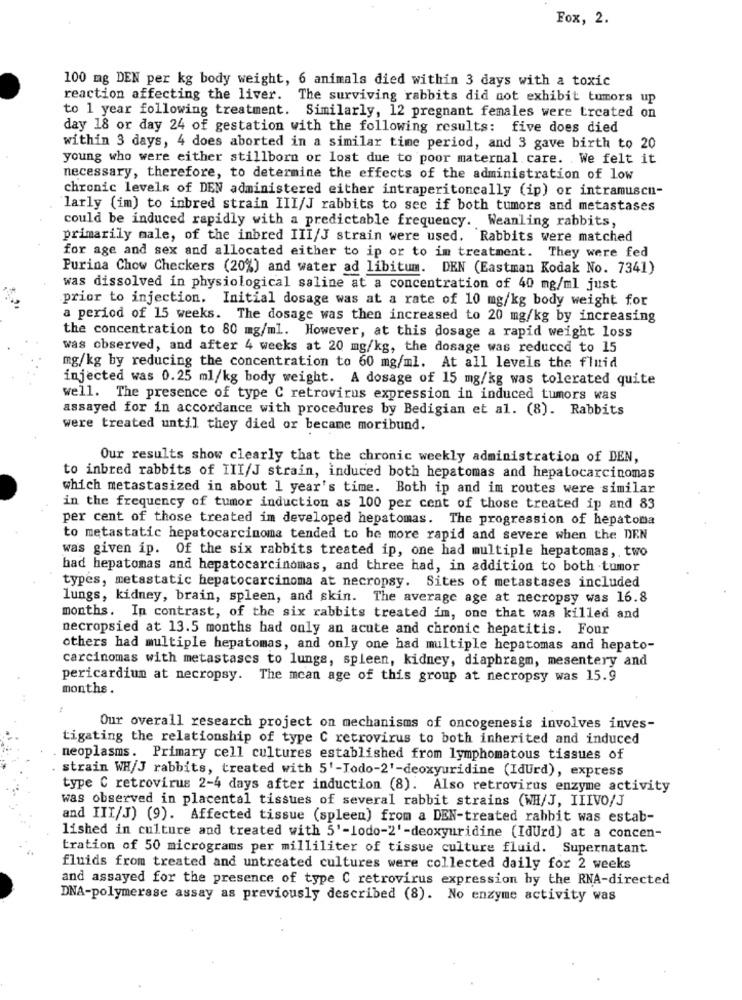
Fox, 2.
100 mg DEN per kg body weight, 6 animals died within 3 days with a toxic
reaction affecting the liver. The surviving rabbits did not exhibit tumors up
to 1 year following treatment. Similarly, 12 pregnant females were treated on
day 18 or day 24 of gestation with the following results: five does died
within 3 days, 4 does aborted in a similar time period, and 3 gave birth to 20
young who were either stillborn or lost due to poor maternal care. We felt it
necessary, therefore, to determine the effects of the administration of low
chronic levels of DEN administered either intraperitoneally (ip) or intramuscu-
larly (im) to inbred strain III/J rabbits to see if both tumors and metastases
could be induced rapidly with a predictable frequency. Weanling rabbits,
primarily male, of the inbred III/J strain were used. Rabbits were matched
for age and sex and allocated either to ip or to im treatment. They were fed
Purina Chow Checkers (20%) and water ad libitum. DEN (Eastman Kodak No. 7341)
was dissolved in physiological saline at a concentration of 40 mg/ml just
prior to injection. Initial dosage was at a rate of 10 mg/kg body weight for
a period of 15 weeks. The dosage was then increased to 20 mg/kg by increasing
the concentration to 80 mg/ml. However, at this dosage a rapid weight loss
was observed, and after 4 weeks at 20 mg/kg, the dosage was reduced to 15
mg/kg by reducing the concentration to 60 mg/ml. At all levels the fluid
injected was 0.25 ml/kg body weight. A dosage of 15 mg/kg was tolerated quite
well. The presence of type C retrovirus expression in induced tumors was
assayed for in accordance with procedures by Bedigian et al. (8). Rabbits
were treated until they died or became moribund.
Our results show clearly that the chronic weekly administration of DEN,
to inbred rabbits of III/J strain, induced both hepatomas and hepatocarcinomas
which metastasized in about 1 year's time. Both ip and im routes were similar
in the frequency of tumor induction as 100 per cent of those treated ip and 83
per cent of those treated im developed hepatomas. The progression of hepatona
to metastatic hepatocarcinoma tended to he more rapid and severe when the DEN
was given ip. Of the six rabbits treated ip, one had multiple hepatomas, two
had hepatomas and hepatocarcinomas, and three had, in addition to both tumor
types, metastatic hepatocarcinoma at necropsy. Sites of metastases included
lungs, kidney, brain, spleen, and skin. The average age at necropsy was 16.8
months. In contrast, of the six rabbits treated im, one that was killed and
necropsied at 13.5 months had only an acute and chronic hepatitis. Four
others had multiple hepatomas, and only one had multiple hepatomas and hepato-
carcinomas with metastases to lungs, spleen, kidney, diaphragm, mesentery and
pericardiun at necropsy. The mean age of this group at necropsy was 15.9
months .
Our overall research project on mechanisms of oncogenesis involves inves-
tigating the relationship of type C retrovirus to both inherited and induced
neoplasms. Primary cell cultures established from lymphomatous tissues of
strain WH/J rabbits, treated with 5'-Todo-2'-deoxyuridine (IdUrd), express
type C retrovirus 2-4 days after induction (8). Also retrovirus enzyme activity
was observed in placental tissues of several rabbit strains (WH/J, IIIVO/J
and III/J) (9). Affected tissue (spleen) from a DEN-treated rabbit was estab-
lished in culture and treated with 5'-lodo-2'-deoxyuridine (IdUrd) at a concen-
tration of 50 micrograms per milliliter of tissue culture fluid. Supernatant.
fluids from treated and untreated cultures were collected daily for 2 weeks
and assayed for the presence of type C retrovirus expression by the RNA-directed
DNA-polymerase assay as previously described (8). No enzyme activity was